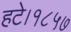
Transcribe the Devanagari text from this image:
हटे।१८५७